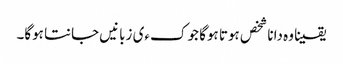
یقینا وہ دانا شخص ہوتا ہوگا جو کءی زبانیں جانتا ہوگا۔